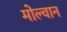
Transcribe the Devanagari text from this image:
मोल्वान